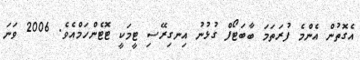
އެގޮތުން އެންމެ ފުރަތަމަ ބާބަޓޯފް ގުޅުނު އިނގިރޭސި ޓީމަކީ ޓޮޓެންހަމްއެވެ. 2006 ވަނަ